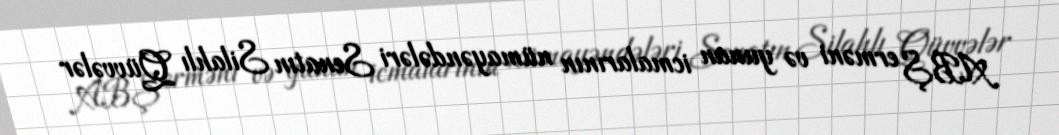
ABŞ erməni və yunan icmalarının nümayəndələri Senatın Silahlı Qüvvələr